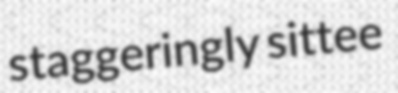
staggeringly sittee